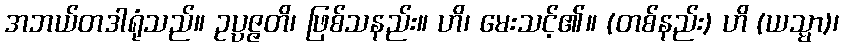
အဘယ်တဒါရုံသည်။ ဥပ္ပဇ္ဇတိ၊ ဖြစ်သနည်း။ ဟိ၊ မေးသင့်၏။ (တစ်နည်း) ဟိ (ယသ္မာ)၊